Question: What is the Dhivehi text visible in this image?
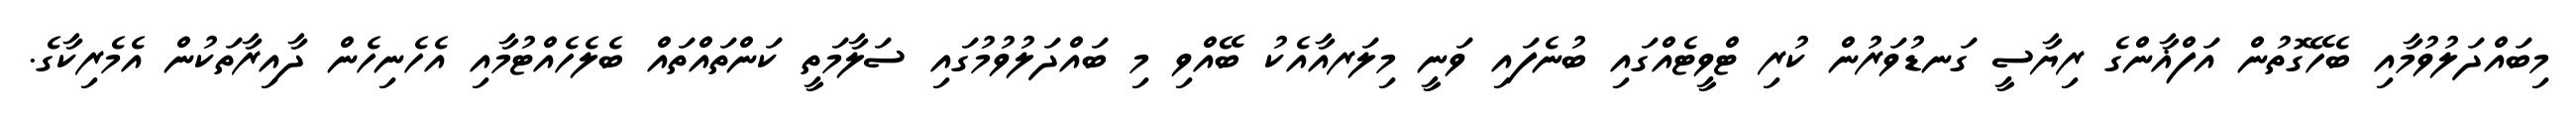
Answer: މިބައްދަލުވުމާއި ބެހޭގޮތުން އަފްޣާންގެ ރިޔާސީ ގަނޑުވަރުން ކުރި ޓްވީޓެއްގައި ބުނެފައި ވަނީ މިލަރއާއެކު ބޭއްވި މި ބައްދަލުވުމުގައި ސަލާމަތީ ކަންތައްތައް ބެލެހެއްޓުމާއި އެހެނިހެން ދާއިރާތަކުން އެމެރިކާގެ.